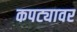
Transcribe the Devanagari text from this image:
कपट्यावर